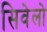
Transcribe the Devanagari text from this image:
सिवेलो